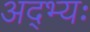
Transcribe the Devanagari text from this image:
अद्भ्यः